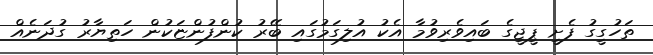
ތަހުގީގު ފެށީ ޕީޖީގެ ބައިވެރިވުމާ އެކު އުލިގަމުގައި ބޭރު ކުންފުންޏަކުން ހަތިޔާރު ގުދަނެއް